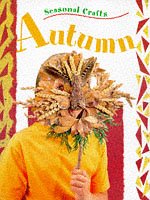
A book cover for Winter (Seasonal Crafts); Gillian Chapman; Children's Books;